Annual report on the mental hospital in the Central Provinces and Berar (Nagpur) - 1927-1951
Year: 1927
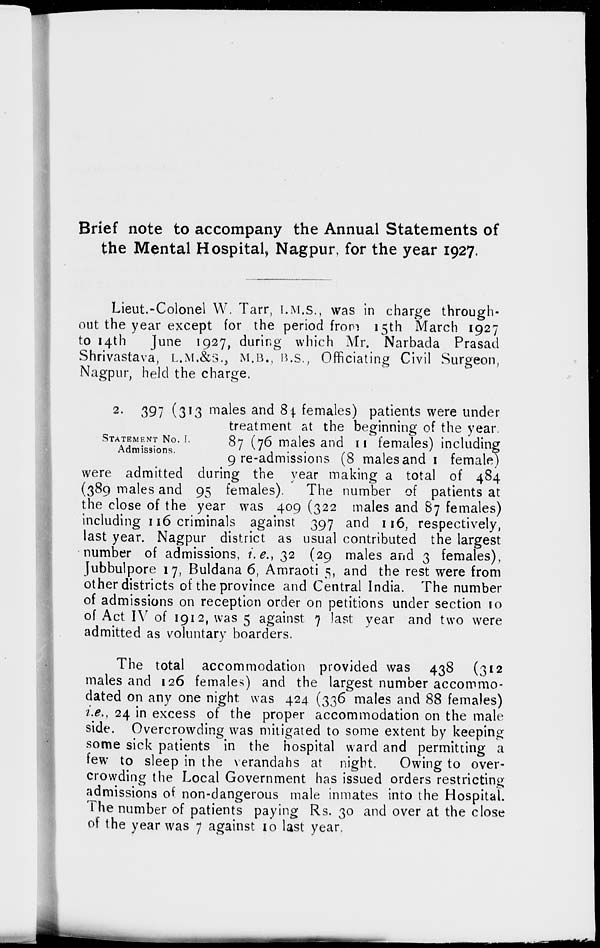
Brief note to accompany the Annual Statements of
the Mental Hospital, Nagpur, for the year 1927.
Lieut.–Colonel W. Tarr, I.M.S., was in charge through-
out the year except for the period from 15th March 1927
to 14th
June 1927, during which Mr. Narbada Prasad
Shrivastava, L.M.&S., M.B., B.S., Officiating Civil Surgeon,
Nagpur, held the charge.
STATEMENT NO. I.
Admissions.
2. 397 (313 males and 84 females) patients were under
treatment at the beginning of the year.
87 (76 males and 11 females) including
9 re-admissions (8 males and 1 female)
were admitted during the year making a total of 484
(389 males and 95 females).
The number of patients at
the close of the year was 409 (322 males and 87 females)
including 116 criminals against 397 and 116, respectively,
last year. Nagpur district as usual contributed the largest
number of admissions, i.e., 32 (29 males and 3 females),
Jubbulpore 17, Buldana 6, Amraoti 5, and the rest were from
other districts of the province and Central India. The number
of admissions on reception order on petitions under section 10
of Act IV of 1912, was 5 against 7 last year and two were
admitted as voluntary boarders.
The total accommodation provided was 438 (312
males and 126 females) and the largest number accommo-
dated on any one night was 424 (336 males and 88 females)
i.e., 24 in excess of the proper accommodation on the male
side. Overcrowding was mitigated to some extent by keeping
some sick patients in the hospital ward and permitting a
few to sleep in the verandahs at night.
Owing to over-
crowding the Local Government has issued orders restricting
admissions of non-dangerous male inmates into the Hospital.
The number of patients paying Rs. 30 and over at the close
of the year was 7 against 10 last year.